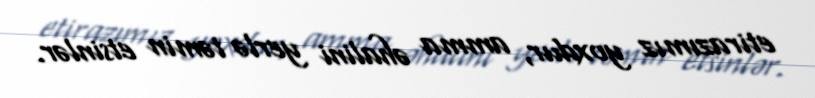
etirazımız yoxdur, amma əhalini yerlə təmin etsinlər.